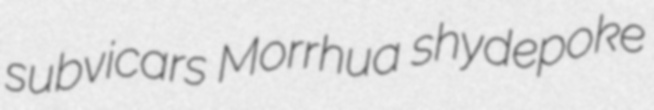
subvicars Morrhua shydepoke